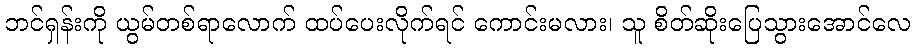
ဘင်ရှန်းကို ယွမ်တစ်ရာလောက် ထပ်ပေးလိုက်ရင် ကောင်းမလား၊ သူ စိတ်ဆိုးပြေသွားအောင်လေ